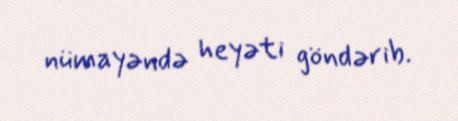
nümayəndə heyəti göndərib.